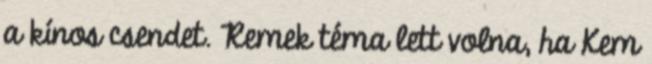
a kínos csendet. Remek téma lett volna, ha Kem